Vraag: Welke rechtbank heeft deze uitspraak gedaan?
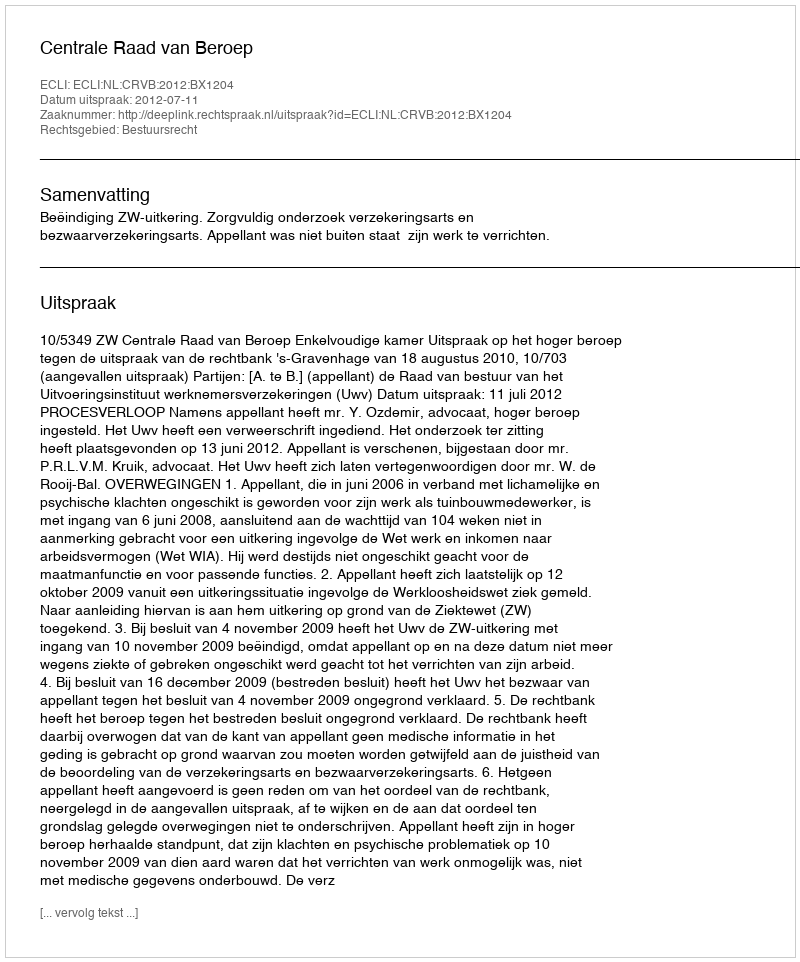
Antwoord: Centrale Raad van Beroep